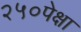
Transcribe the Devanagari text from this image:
२५०पेक्षा